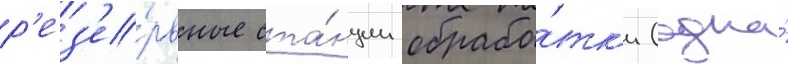
р'ез'е́рвные ста́нции обрабо́тк'и (одна́